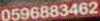
0596883462